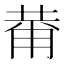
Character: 𱰞